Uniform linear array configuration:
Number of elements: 16
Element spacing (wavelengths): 1
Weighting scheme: hann
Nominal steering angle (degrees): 45
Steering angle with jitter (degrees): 44.557
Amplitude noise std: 0.05
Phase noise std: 0.05

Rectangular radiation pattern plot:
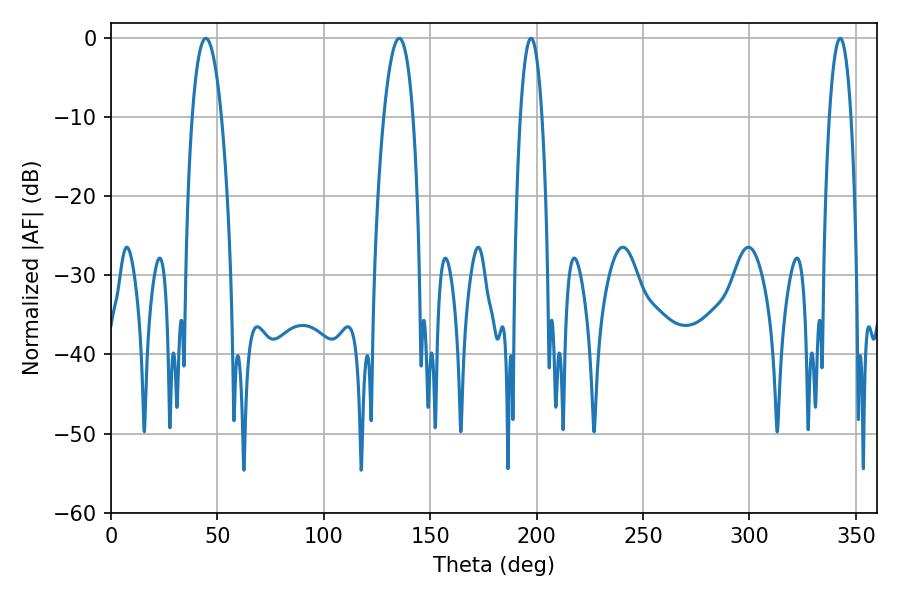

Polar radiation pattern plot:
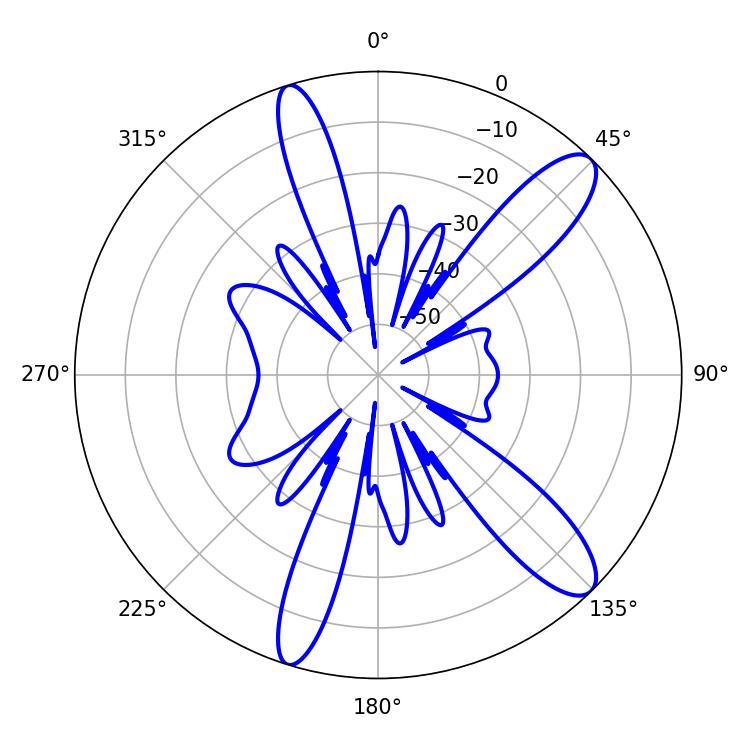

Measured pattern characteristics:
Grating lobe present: TRUE
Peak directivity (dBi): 11.656
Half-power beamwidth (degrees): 7.74
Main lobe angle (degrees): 44.64